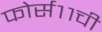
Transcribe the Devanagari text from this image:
फोर्स११ची